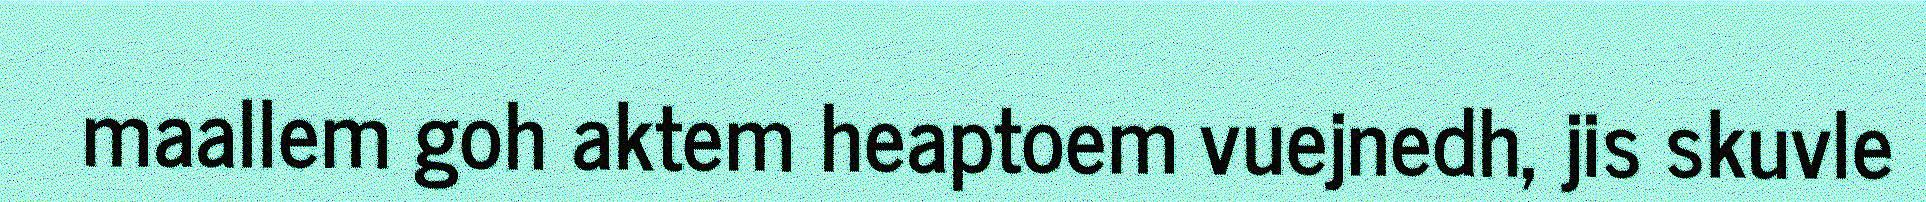
maallem goh aktem heaptoem vuejnedh, jis skuvle